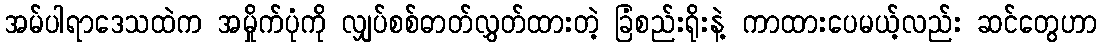
အမ်ပါရာဒေသထဲက အမှိုက်ပုံကို လျှပ်စစ်ဓာတ်လွှတ်ထားတဲ့ ခြံစည်းရိုးနဲ့ ကာထားပေမယ့်လည်း ဆင်တွေဟာ